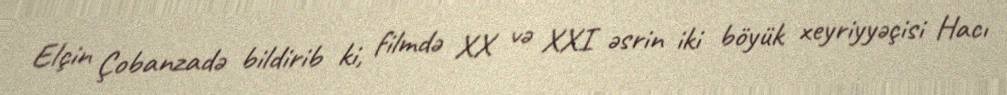
Elçin Çobanzadə bildirib ki, filmdə XX və XXI əsrin iki böyük xeyriyyəçisi Hacı